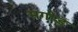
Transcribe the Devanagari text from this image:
मगोड़